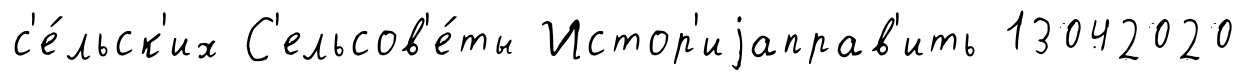
с'е́льск'их С'ельсов'е́ты Истор'иjаправ'ить 13042020